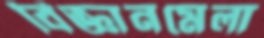
বিজ্ঞানমেলা